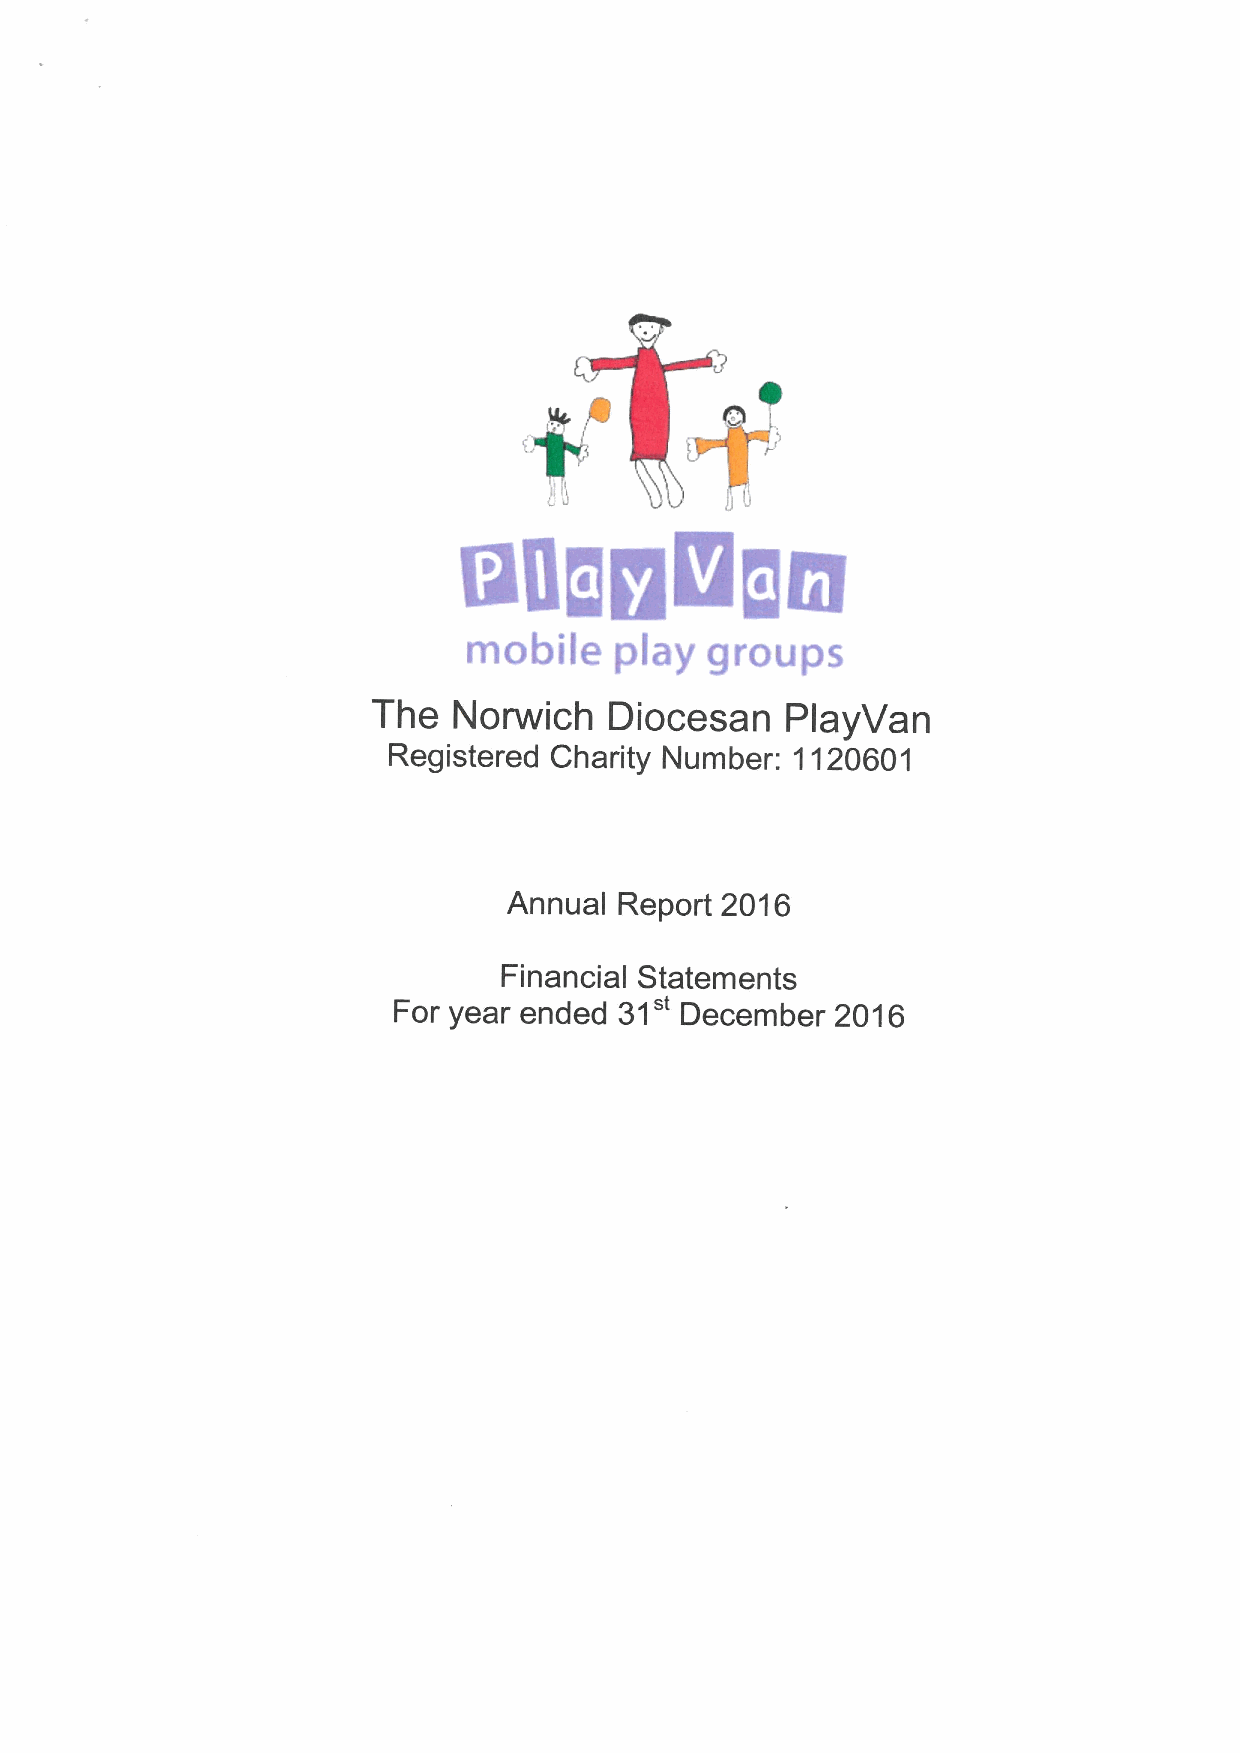
mobile    play  groups
 The  Norwich   Diocesan    PlayVan
 Registered Charity Number: 1120601
 Annual Report 2016
 Financial Statements
 31"
 For year ended     December  2016